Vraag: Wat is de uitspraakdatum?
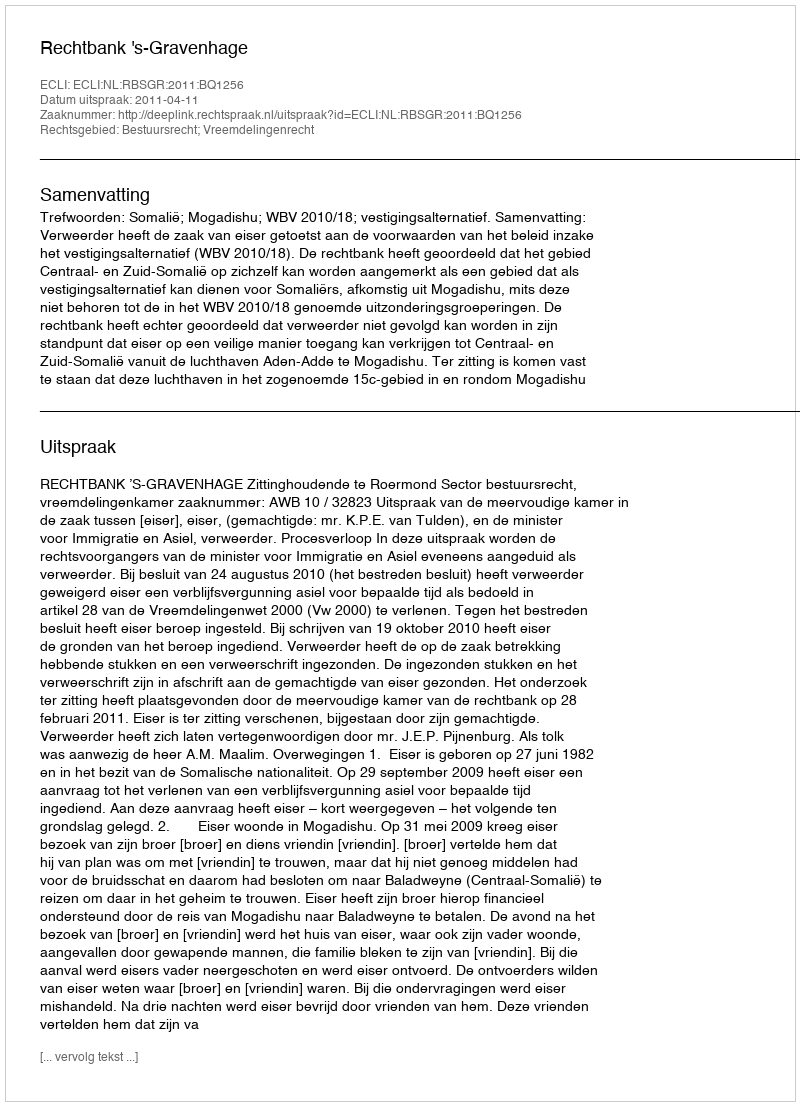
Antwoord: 2011-04-11